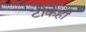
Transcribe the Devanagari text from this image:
टोकेही